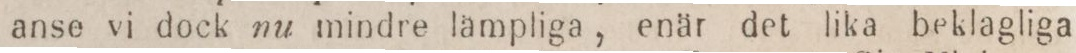
anse vi dock nu mindre lämpliga, enär det lika beklagliga